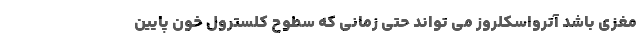
مغزی باشد آترواسکلروز می تواند حتی زمانی که سطوح کلسترول خون پایین